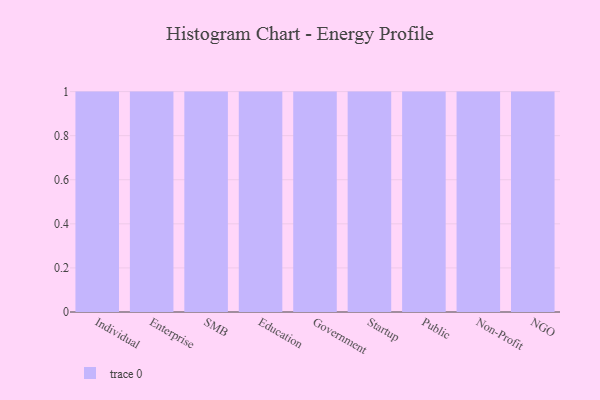
{"axis": {"x": "Segment", "y": "Revenue (USD Million)"}, "legend": [""], "data": [{"x": "Individual", "y": 13, "type": ""}, {"x": "Enterprise", "y": 81, "type": ""}, {"x": "SMB", "y": 71, "type": ""}, {"x": "Education", "y": 34, "type": ""}, {"x": "Government", "y": 100, "type": ""}, {"x": "Startup", "y": 54, "type": ""}, {"x": "Public", "y": 55, "type": ""}, {"x": "Non-Profit", "y": 73, "type": ""}, {"x": "NGO", "y": 3, "type": ""}]}